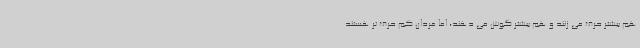
هم بیشتر حرف می زنند و هم بیشتر گوش می دهند، اما مردان کم حرف تر هستند